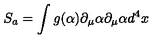
S _ { a } = \int g ( \alpha ) \partial _ { \mu } \alpha \partial _ { \mu } \alpha d ^ { 4 } x